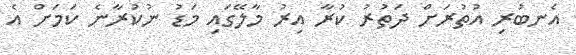
އެނބުރި އުތުރަށް ދަތުރު ކުރާ އިރު މާލޭގައި މަޑު ނުކުރާނެ ކަމަށް އެ